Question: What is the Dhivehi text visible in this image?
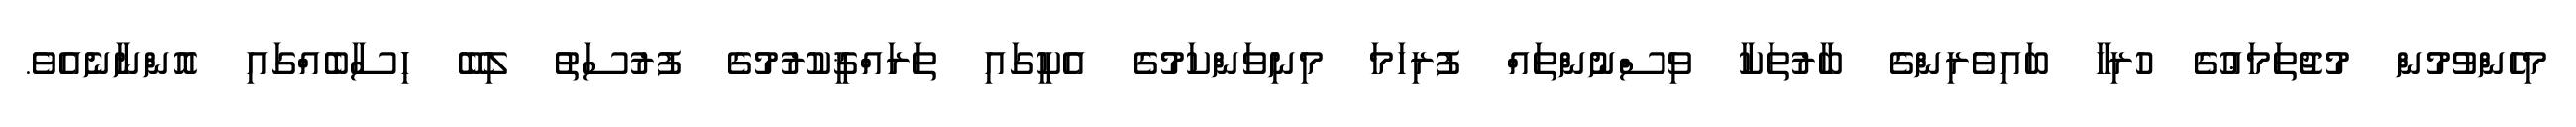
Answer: މިހެންވުމުން މުޖުތަމަޢުގެ ހުރިހާ ބައިވެރިންގެ ބާރުތަކާ ވިސްނުންތައް ފުރިހަމަ މިނިވަންކަމުގެ އެކީގައި ތަރައްޤީކުރުމުގެ ފުރުސަތު ލިބޭ ހިސާބެއްގައި އޮންނާނެއެވެ.